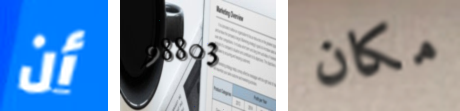
أن 98803 مكان